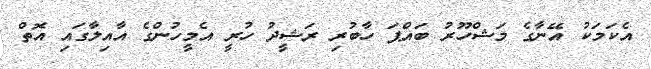
އެކަމަކު އޭނާގެ މަޝްހޫރު ބައްޕަ ހާބުރި ރަޝީދު ހުރީ އެމީހުންގެ އާއިލާގައި އޮތް